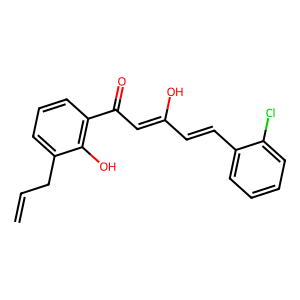
SMILES: C=CCc1cccc(C(=O)C=C(O)C=Cc2ccccc2Cl)c1O
Inhibits HIV replication: No